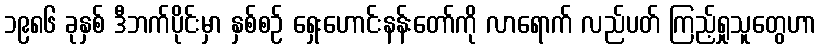
၁၉၈၆ ခုနှစ် ဒီဘက်ပိုင်းမှာ နှစ်စဉ် ရှေးဟောင်းနန်းတော်ကို လာရောက် လည်ပတ် ကြည့်ရှုသူတွေဟာ